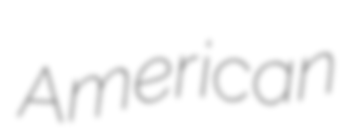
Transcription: American